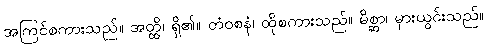
အကြင်စကားသည်။ အတ္ထိ၊ ရှိ၏။ တံဝစနံ၊ ထိုစကားသည်။ မိစ္ဆာ၊ မှားယွင်းသည်။